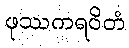
ဖုဿကရဝိတံ